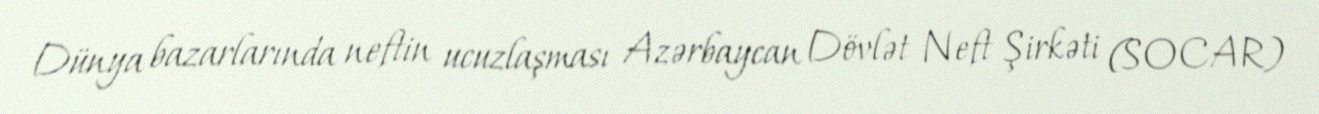
Dünya bazarlarında neftin ucuzlaşması Azərbaycan Dövlət Neft Şirkəti (SOCAR)